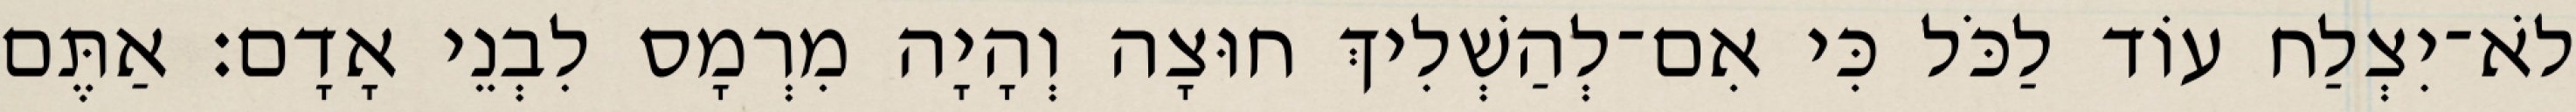
לֹא־יִצְלַח עוֹד לַכֹּל כִּי אִם־לְהַשְׁלִיךְ חוּצָה וְהָיָה מִרְמָס לִבְנֵי אָדָם׃ אַתֶּם